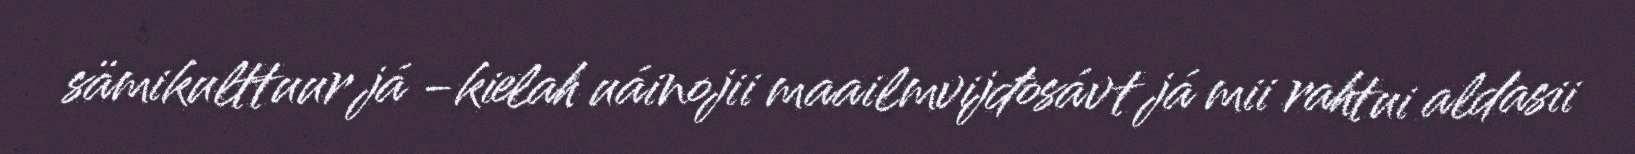
sämikulttuur já -kielah uáinojii maailmvijđosávt já mii rahtui aldasii